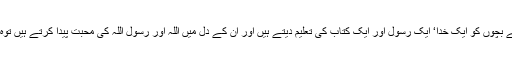
اب مسلمان اگر اپنے بچوں کو ایک خدا‘ ایک رسول اور ایک کتاب کی تعلیم دیتے ہیں اور ان کے دل میں اللہ اور رسول اللہ کی محبت پیدا کرتے ہیں توہ کیا برا کرتے ہیں۔